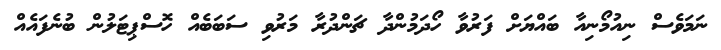
ނަމަވެސް ނިއުމޯނިއާ ބައްޔަށް ފަރުވާ ހޯދަމުންދާ ޗަންދުރާ މަރުވި ސަބަބެއް ހޮސްޕިޓަލުން ބުނެފައެއް